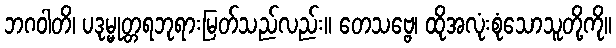
ဘဂဝါတိ၊ ပဒုမ္မုတ္တရဘုရားမြတ်သည်လည်း။ တေသဗ္ဗေ၊ ထိုအလုံးစုံသောသူတို့ကို။